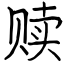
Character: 赎